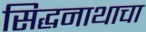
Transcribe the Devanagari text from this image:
सिद्धनाथाचा